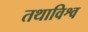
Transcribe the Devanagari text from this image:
तथाविश्व